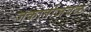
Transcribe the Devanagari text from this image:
जकार्ताजवळ